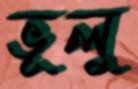
ভূলু